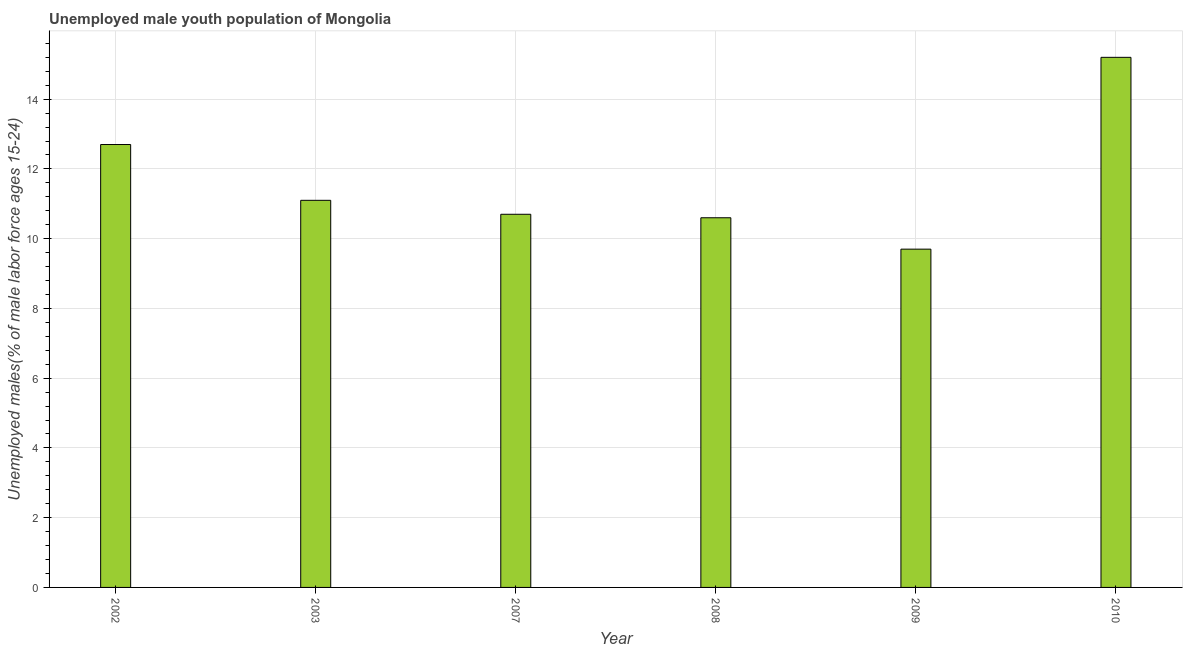
| Year | Unemployment youth male |
 | --- | --- |
 | 2002 | 12.7 |
 | 2003 | 11.1 |
 | 2007 | 10.7 |
 | 2008 | 10.6 |
 | 2009 | 9.7 |
 | 2010 | 15.2 |